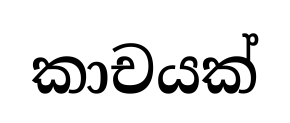
කාචයක්